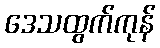
ဒေသထွက်ကုန်